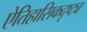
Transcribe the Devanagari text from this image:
ऐतिहासिकदृष्ट्य